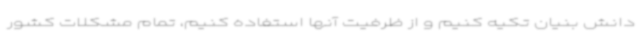
دانش بنیان تکیه کنیم و از ظرفیت آنها استفاده کنیم، تمام مشکلات کشور